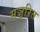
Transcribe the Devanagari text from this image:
सञ्चरित